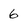
Character: 6